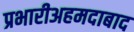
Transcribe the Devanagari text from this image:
प्रभारीअहमदाबाद